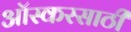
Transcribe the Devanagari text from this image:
ऑस्करसाठी